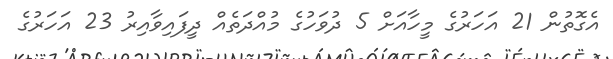
އެގޮތުން 21 އަހަރުގެ މީހާއަށް 5 ދުވަހުގެ މުއްދަތެއް ދީފައިވާއިރު 23 އަހަރުގެ